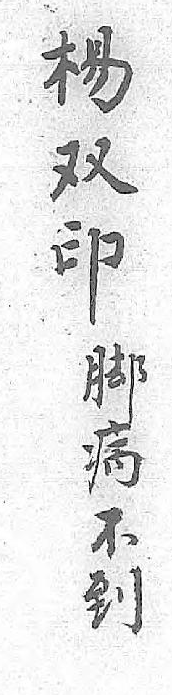
楊脚双病印不 到